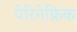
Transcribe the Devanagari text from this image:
पेरिनेफ्रिक